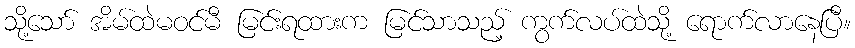
သို့သော် အိမ်ထဲမဝင်မီ မြင်းရထားက မြင်သာသည့် ကွက်လပ်ထဲသို့ ရောက်လာနေပြီ။